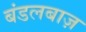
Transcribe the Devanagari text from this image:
बंडलबाज़